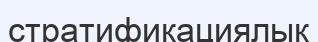
стратификациялық